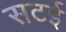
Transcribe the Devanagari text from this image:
सटई